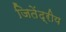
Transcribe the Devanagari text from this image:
जितेंद्रीय